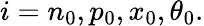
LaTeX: i=n_{0},p_{0},x_{0},\theta_{0}.